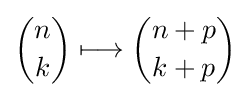
{\binom {n}{k}}\longmapsto {\binom {n+p}{k+p}}